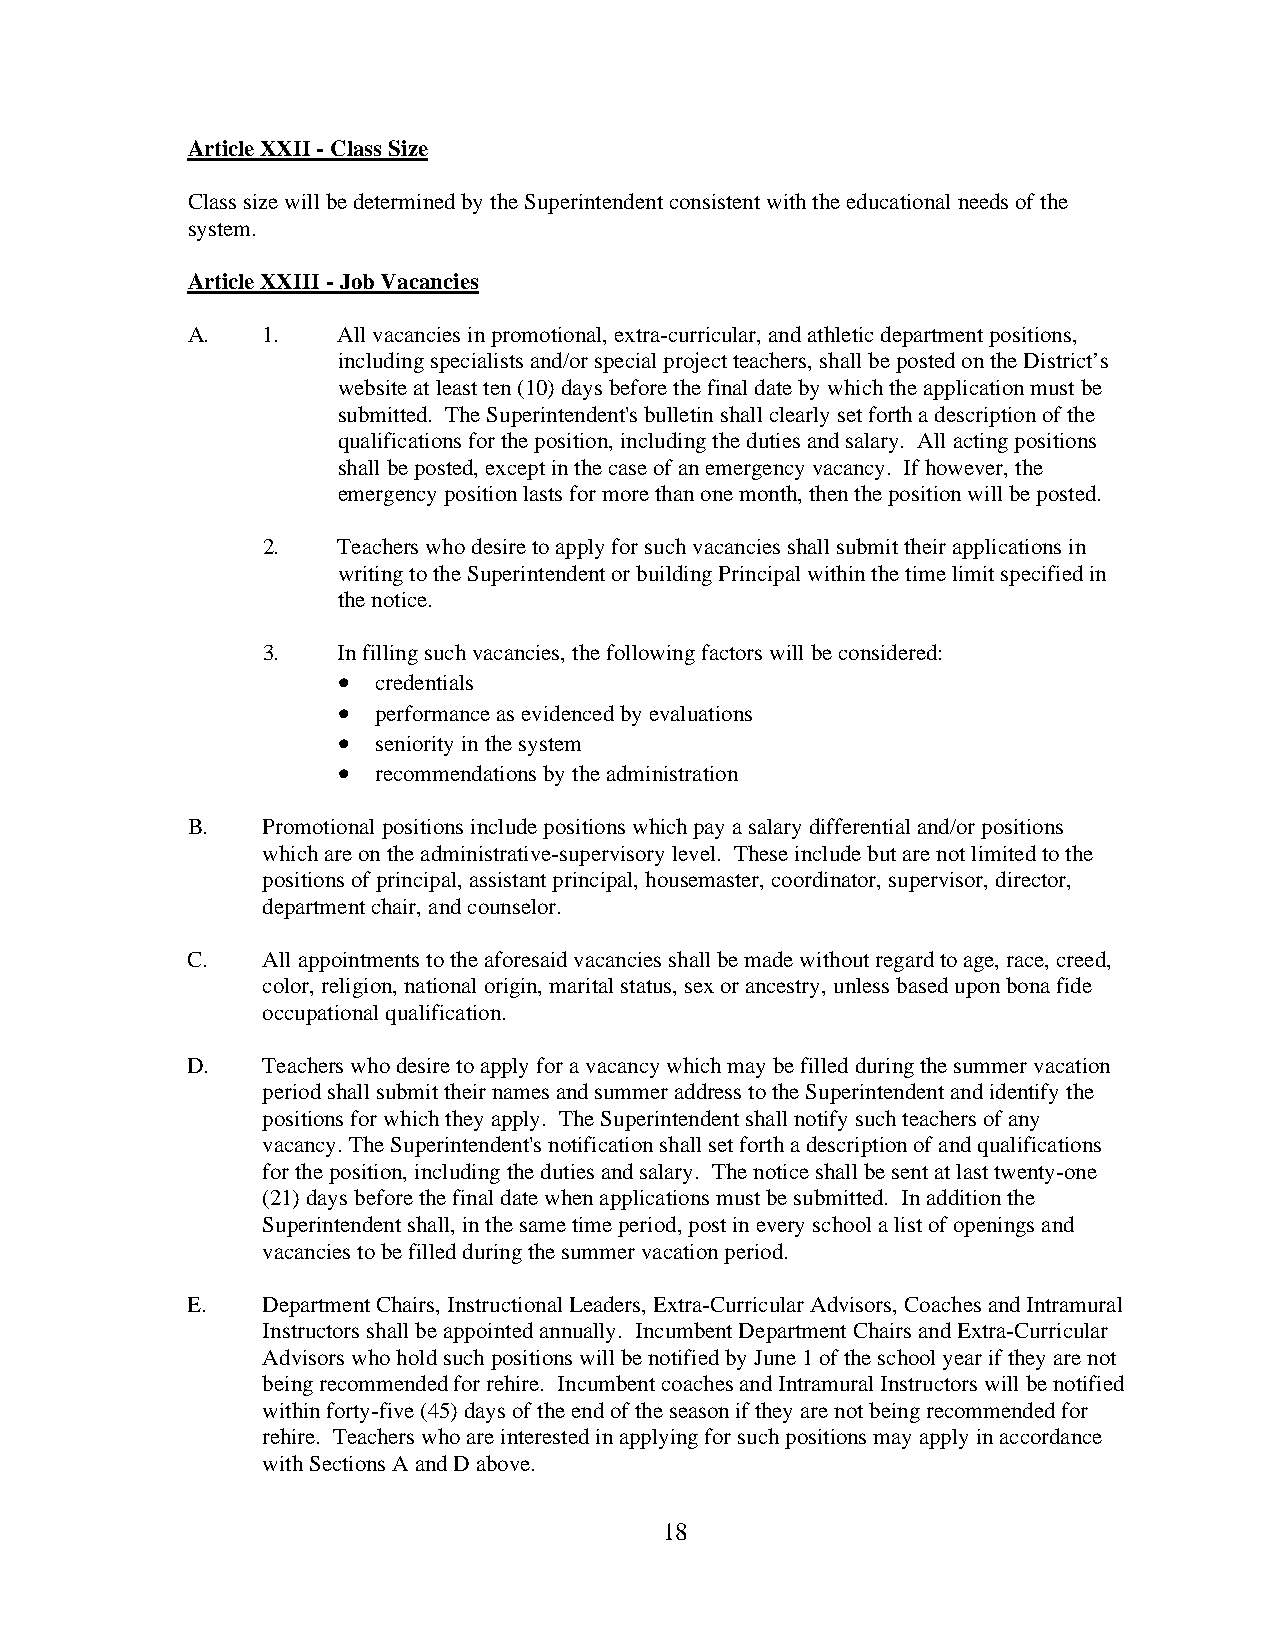
Article XXII - Class Size
 Class size will be determined by the Superintendent consistent with the educational needs of the
 system.
 Article XXIII - Job Vacancies
 A.   1.   All vacancies in promotional, extra-curricular, and athletic department positions,
 including specialists and/or special project teachers, shall be posted on the District’s
 website at least ten (10) days before the final date by which the application must be
 submitted. The Superintendent's bulletin shall clearly set forth a description of the
 qualifications for the position, including the duties and salary. All acting positions
 shall be posted, except in the case of an emergency vacancy. If however, the
 emergency position lasts for more than one month, then the position will be posted.
 2.   Teachers who desire to apply for such vacancies shall submit their applications in
 writing to the Superintendent or building Principal within the time limit specified in
 the notice.
 3.   In filling such vacancies, the following factors will be considered:
   credentials
   performance as evidenced by evaluations
   seniority in the system
   recommendations by the administration
 B.   Promotional positions include positions which pay a salary differential and/or positions
 which are on the administrative-supervisory level. These include but are not limited to the
 positions of principal, assistant principal, housemaster, coordinator, supervisor, director,
 department chair, and counselor.
 C.   All appointments to the aforesaid vacancies shall be made without regard to age, race, creed,
 color, religion, national origin, marital status, sex or ancestry, unless based upon bona fide
 occupational qualification.
 D.   Teachers who desire to apply for a vacancy which may be filled during the summer vacation
 period shall submit their names and summer address to the Superintendent and identify the
 positions for which they apply. The Superintendent shall notify such teachers of any
 vacancy. The Superintendent's notification shall set forth a description of and qualifications
 for the position, including the duties and salary. The notice shall be sent at last twenty-one
 (21) days before the final date when applications must be submitted. In addition the
 Superintendent shall, in the same time period, post in every school a list of openings and
 vacancies to be filled during the summer vacation period.
 E.   Department Chairs, Instructional Leaders, Extra-Curricular Advisors, Coaches and Intramural
 Instructors shall be appointed annually. Incumbent Department Chairs and Extra-Curricular
 Advisors who hold such positions will be notified by June 1 of the school year if they are not
 being recommended for rehire. Incumbent coaches and Intramural Instructors will be notified
 within forty-five (45) days of the end of the season if they are not being recommended for
 rehire. Teachers who are interested in applying for such positions may apply in accordance
 with Sections A and D above.
 18